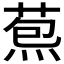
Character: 𦳤